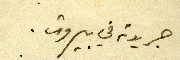
جريدته في بيروت.